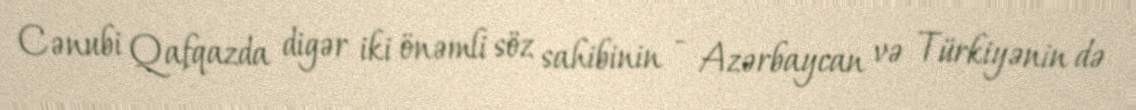
Cənubi Qafqazda digər iki önəmli söz sahibinin - Azərbaycan və Türkiyənin də